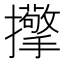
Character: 𢹘